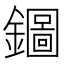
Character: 𨮢